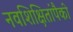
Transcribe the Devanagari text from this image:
नवशिक्षितांपैकी